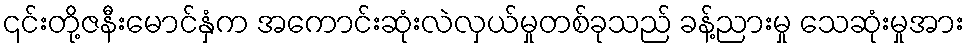
၎င်းတို့ဇနီးမောင်နှံက အကောင်းဆုံးလဲလှယ်မှုတစ်ခုသည် ခန့်ညားမှု သေဆုံးမှုအား